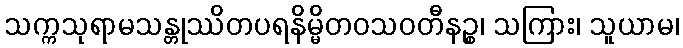
သက္ကသုရာမသန္တုဿိတပရနိမ္မိတဝသဝတီနဉ္စ၊ သကြား၊ သူယာမ၊